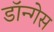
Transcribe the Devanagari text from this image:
डॉन्गेस